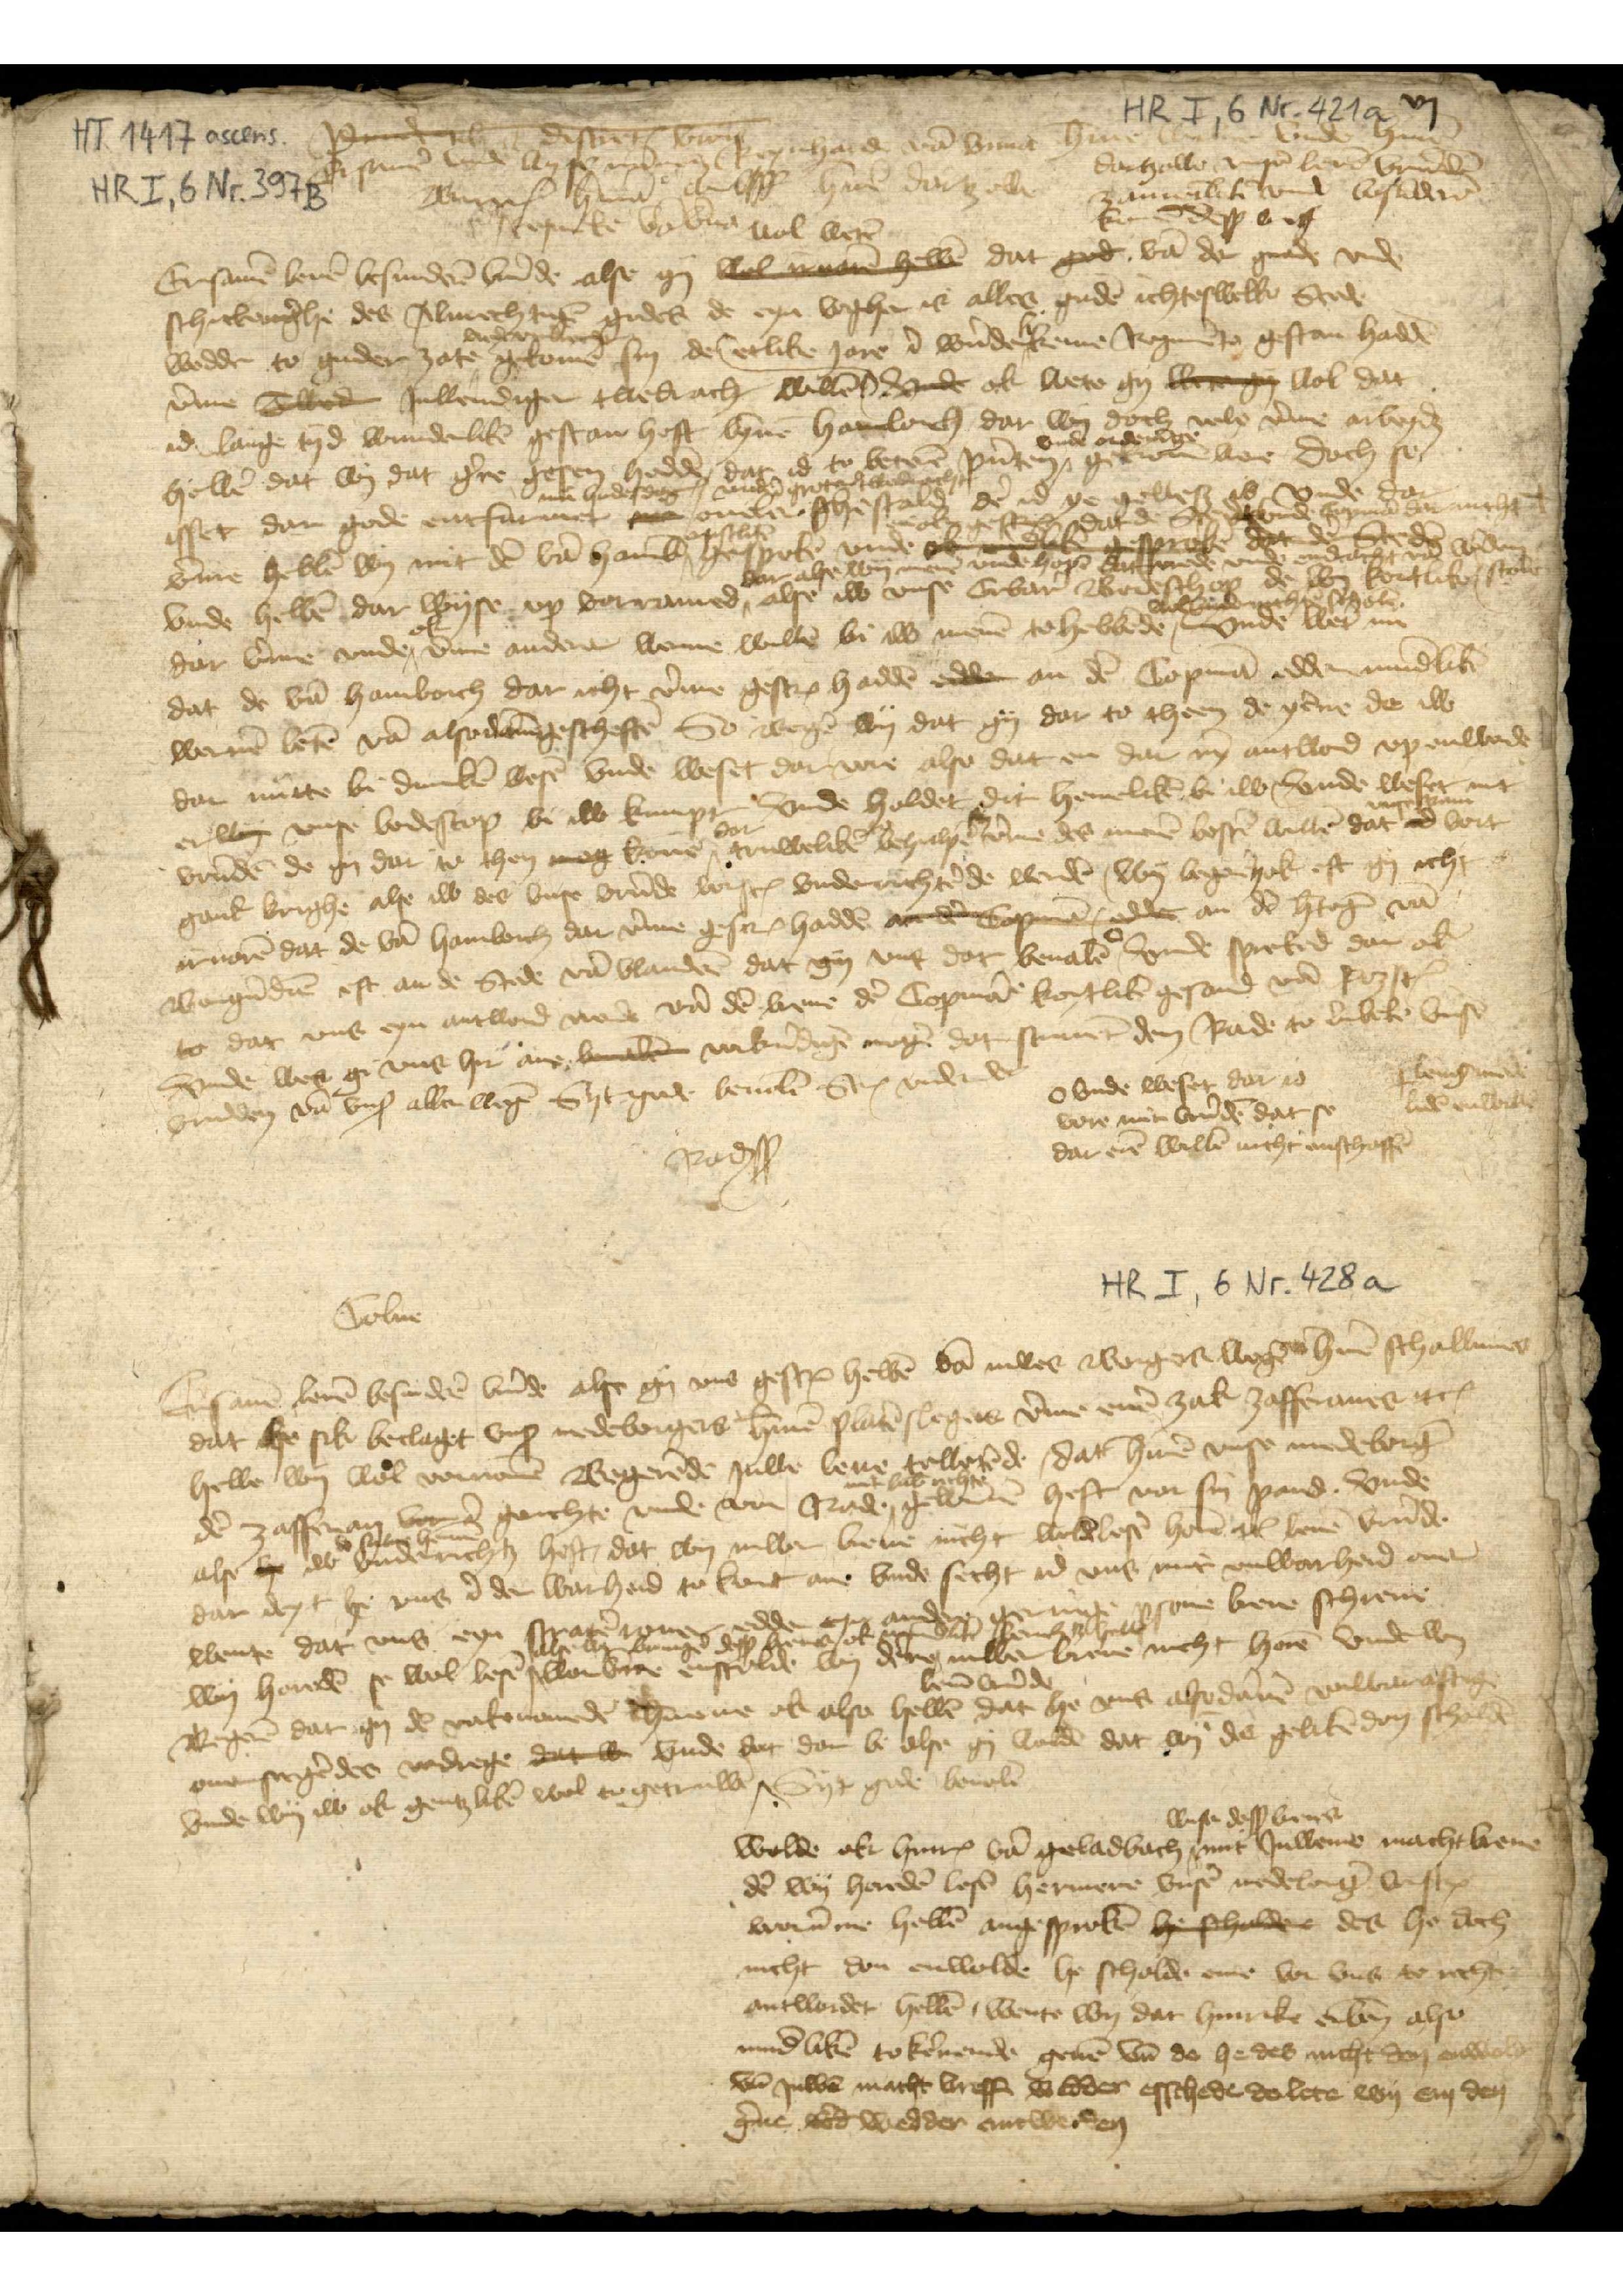
Ersamē vnd wysē mānen Reynhard vā Unna H̉me Wulve vnde Hermē
Dartzow vnsē leuē vrūden
zamētlikē vnde besūderē 
komē desß breff
Ersamē leuē besunderē vrūde alse gy wol wetē dat gud vā der gnade vnde
schickenīghe des Almechtigē gudes de eyn voghe is alles gudē ichteswelke Stede 
wedder to guder zate vnde endracht gekommen sin de 
v̄me Tobede Jnwendiger twedracht willē
etlike Jare ī wūderlikene Regimēte gestan haddē
ok wete gy were gy wol dat 
id lange tyd wunderlikē gestan heft bȳnē Hamborch dar wy doch v̄me arbeydet 
hebbē dat wy dat g̉ne gesen haddē dat id to beterē pūten vnde ordenīge gekomē were doch so 
isset dar gode entfarmet nu hudes dagꝬ 
oueler ghestald vnde in groter twedracht 
dē id ys geweß is vnde dar
v̄me hebbē wy mit dē vā Hamb̄ ernstlikē gesprokē vnde en ok gescrꝬ dat de Stede vnde copmā dar nicht
leng mede
lidē enwillen
vnde hebbē dar wyse vp vorramed dar alse wy menē vnde hopē dat vrede vnde endracht vā w̉den scolen 
alse iw vnse Erbar̄ Bodeschop de wy kortlik
dar v̄me vnde ok v̄me andere werue willē bi iw menē to hebbēde wol vnderrichtē scholē vnde wẻt nu 
dat de vā Hamborch dar icht v̄me gescrꝬ haddē edder an dē Copmā edder mūdlikē 
weruē letē vā alsodānē gescheftē. So Begẻ wy dat gy dar to theen de yēne de iw 
dar nutte bi dunkē wesē vnde weset da uore also dat en dar nȳ antword vp enworde
er wy vnyse Bodeschop bi iw kumpt Vnde holdet dit hemelikē bi iw vnde weset mit
vrūdē de gy dat to then mog konē dar truwelikē to behulpē v̄me des menē bestē willē dat vnse ram vort¬
ganke krighe alse iw des vnse vrūde vorscrꝬ vnderrichtēde werdē wy begẻn ok eft gy icht 
iruarē dat de vā Hamborch dar v̄me gescrꝬ haddē an dē Copmā an dē h̉toḡ vā
Burgūdiē eft an de Stede vā Vlanderē dat gy vns beualē 
vnde weset dar id 
vore mit vrūdē dat se
dar erē willē nicht enschaffē
vnde spreked dar ok 
to dat vns eyn antword werde vā breue dē Copmā kortlikē gesand vā RozstꝬ 
vnde wes gy vns hir ane beuale vorkūdigē mogē dar scriuet dem Rade to Lubeke vnsē
vrunden vā vnß allen wegē Syt gode beoulē ScrꝬ vnder etꝬ
Raḑsß

Colne
Ersamē herē besunderē vrūde alse gy vns gescrꝬ hebbē vā iuwer Borgers wegē Hermē Schallunes 
dat he sik beclaget vnß medeborgers H̉mē Platēslegers v̄me enē zak zafferanes etꝬ
hebbe wy wol vornomē Begerēde juwe leue towetēde, dat H̉mē vnse medeborg̉
dē zafferan vor ī gerichte vnde vor Rade mit lub̄ rechte gewūnē heft vor sin pand. Vnde
alse he iw de sulue Hermē vnderrichtꝬ heft, dat wy iuwer breue nicht wold̄ lesē etꝬ leuē vrūde
dar deyt he vns ī der warheid to kort ane vnde secht id vns mit vnwarheid ouer
wente dar vns eyn stratērouer edder eyn andere geringe ꝑsone breue schreue
wy horedē se wol lesē als wy bringẻ desß breues ok mundlikē bewiset hebbet 
wor v̄me enscholde wy dēne iuwer breue nicht horē Vnde wy 
Begerē dat gy dē vorbenomedē Hermene ok also hebbē leuē vrūde dat he vns alsodānē vnwaraftigē
ouersecgēdes vordrege dat iw vnde dat dar bi alse gy woldē dat wy des gelikē don scholdē
vnde wy iw ok gentzlikē wol to getruwē
Wolde ok HinrꝬ vā Geladbach wesen desß breues mit Juwene macht breue
dē wy horedē lesē Hermene vnsē medeborg̉ vorscrꝬ
worūme hebbē ingesprokē he scholden des he doch 
nicht don enwolde he scholde ene vor vns to rechte 
antworden hebbē, wente ey dar Hinrike erben̄ also 
vrund̄likē to kēnende geuē vn̄ de he des nicht don willen
vn̄ juwē macht breff wedder esschede do leten wy em den 
g̉ne wed̉ wedder entwerden 
Syt gode beuolē